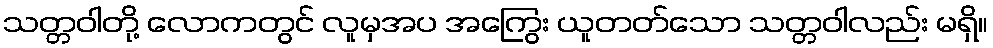
သတ္တဝါတို့ လောကတွင် လူမှအပ အကြွေး ယူတတ်သော သတ္တဝါလည်း မရှိ။